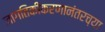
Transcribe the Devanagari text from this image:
जागतिकीकरणानंतरच्या